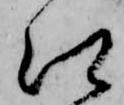
郷